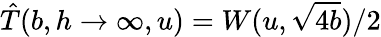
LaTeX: \hat{T}(b,h\rightarrow\infty,u)=W(u,\sqrt{4b})/2